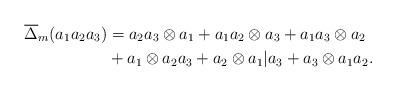
LaTeX: \begin{align*}\overline\Delta_m(a_1 a_2 a_3) &= a_2 a_3 \otimes a_1 + a_1 a_2 \otimes a_3 + a_1 a_3 \otimes a_2\\&+ a_1 \otimes a_2a_3 + a_2 \otimes a_1 | a_3 + a_3 \otimes a_1 a_2. \end{align*}